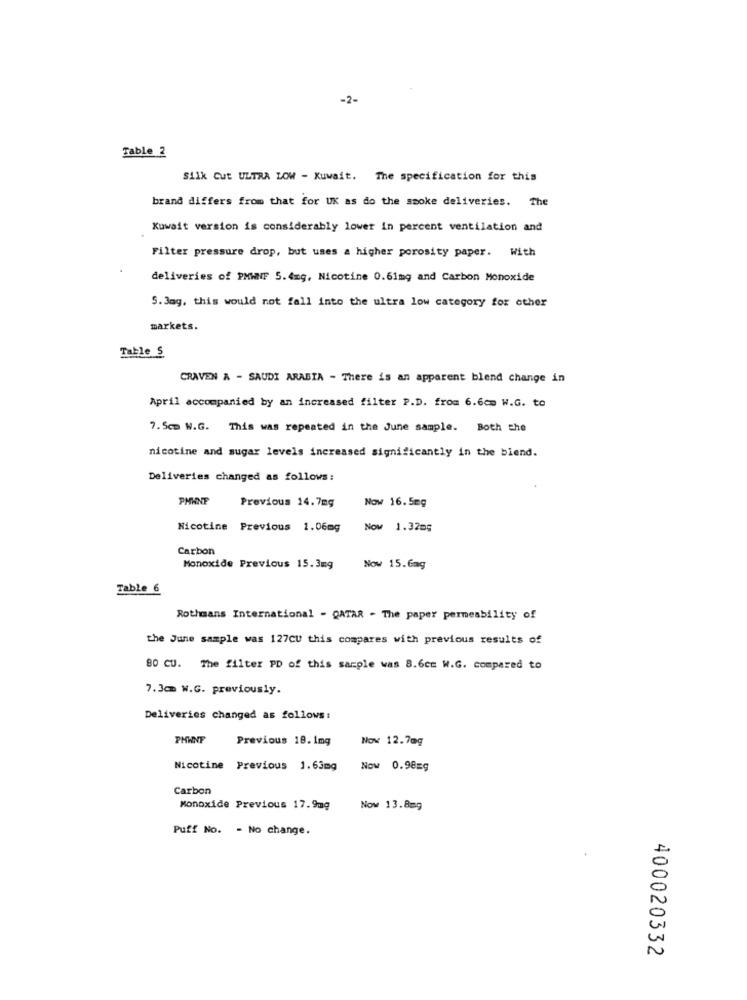
-2-
Table 2
Silk Cut ULTRA LOW - Kuwait. The specification for this
brand differs from that for UK as do the smoke deliveries. The
Kuwait version is considerably lower in percent ventilation and
Filter pressure drop, but uses a higher porosity paper. With
deliveries of PMWNF 5.4mg, Nicotine 0.61mg and Carbon Monoxide
5. Jag, this would not fall into the ultra low category for other
markets.
Table 5
CRAVEN A - SAUDI ARABIA - There is an apparent blend change in
April accompanied by an increased filter P.D. from 6.6cm W.G. to
7. 5cm W.G. This was repeated in the June sample. Both the
nicotine and sugar levels increased significantly in the biend.
Deliveries changed as follows:
PHWNF
Previous 14.7mg
Now 16.5mg
Nicotine Previous 1.06mg
Now 1.32mg
Carbon
Monoxide Previous 15.3mg
Now 15.6mg
Table 6
Rothmans International - QATAR - The paper permeability of
the June sample was 127CU this compares with previous results of
80 CU. The filter PD of this sample was 8.6cm W.G. compared to
7. 3cm W.G. previously.
Deliveries changed as follows :
PHWNF
Previous 18. 1mg
Nov 12.7mg
Nicotine Previous 1.63mg
Now 0.98=g
Carbon
Monoxide Previous 17.9mg
Now 13.8=9
Puff No. - No change.
400020332